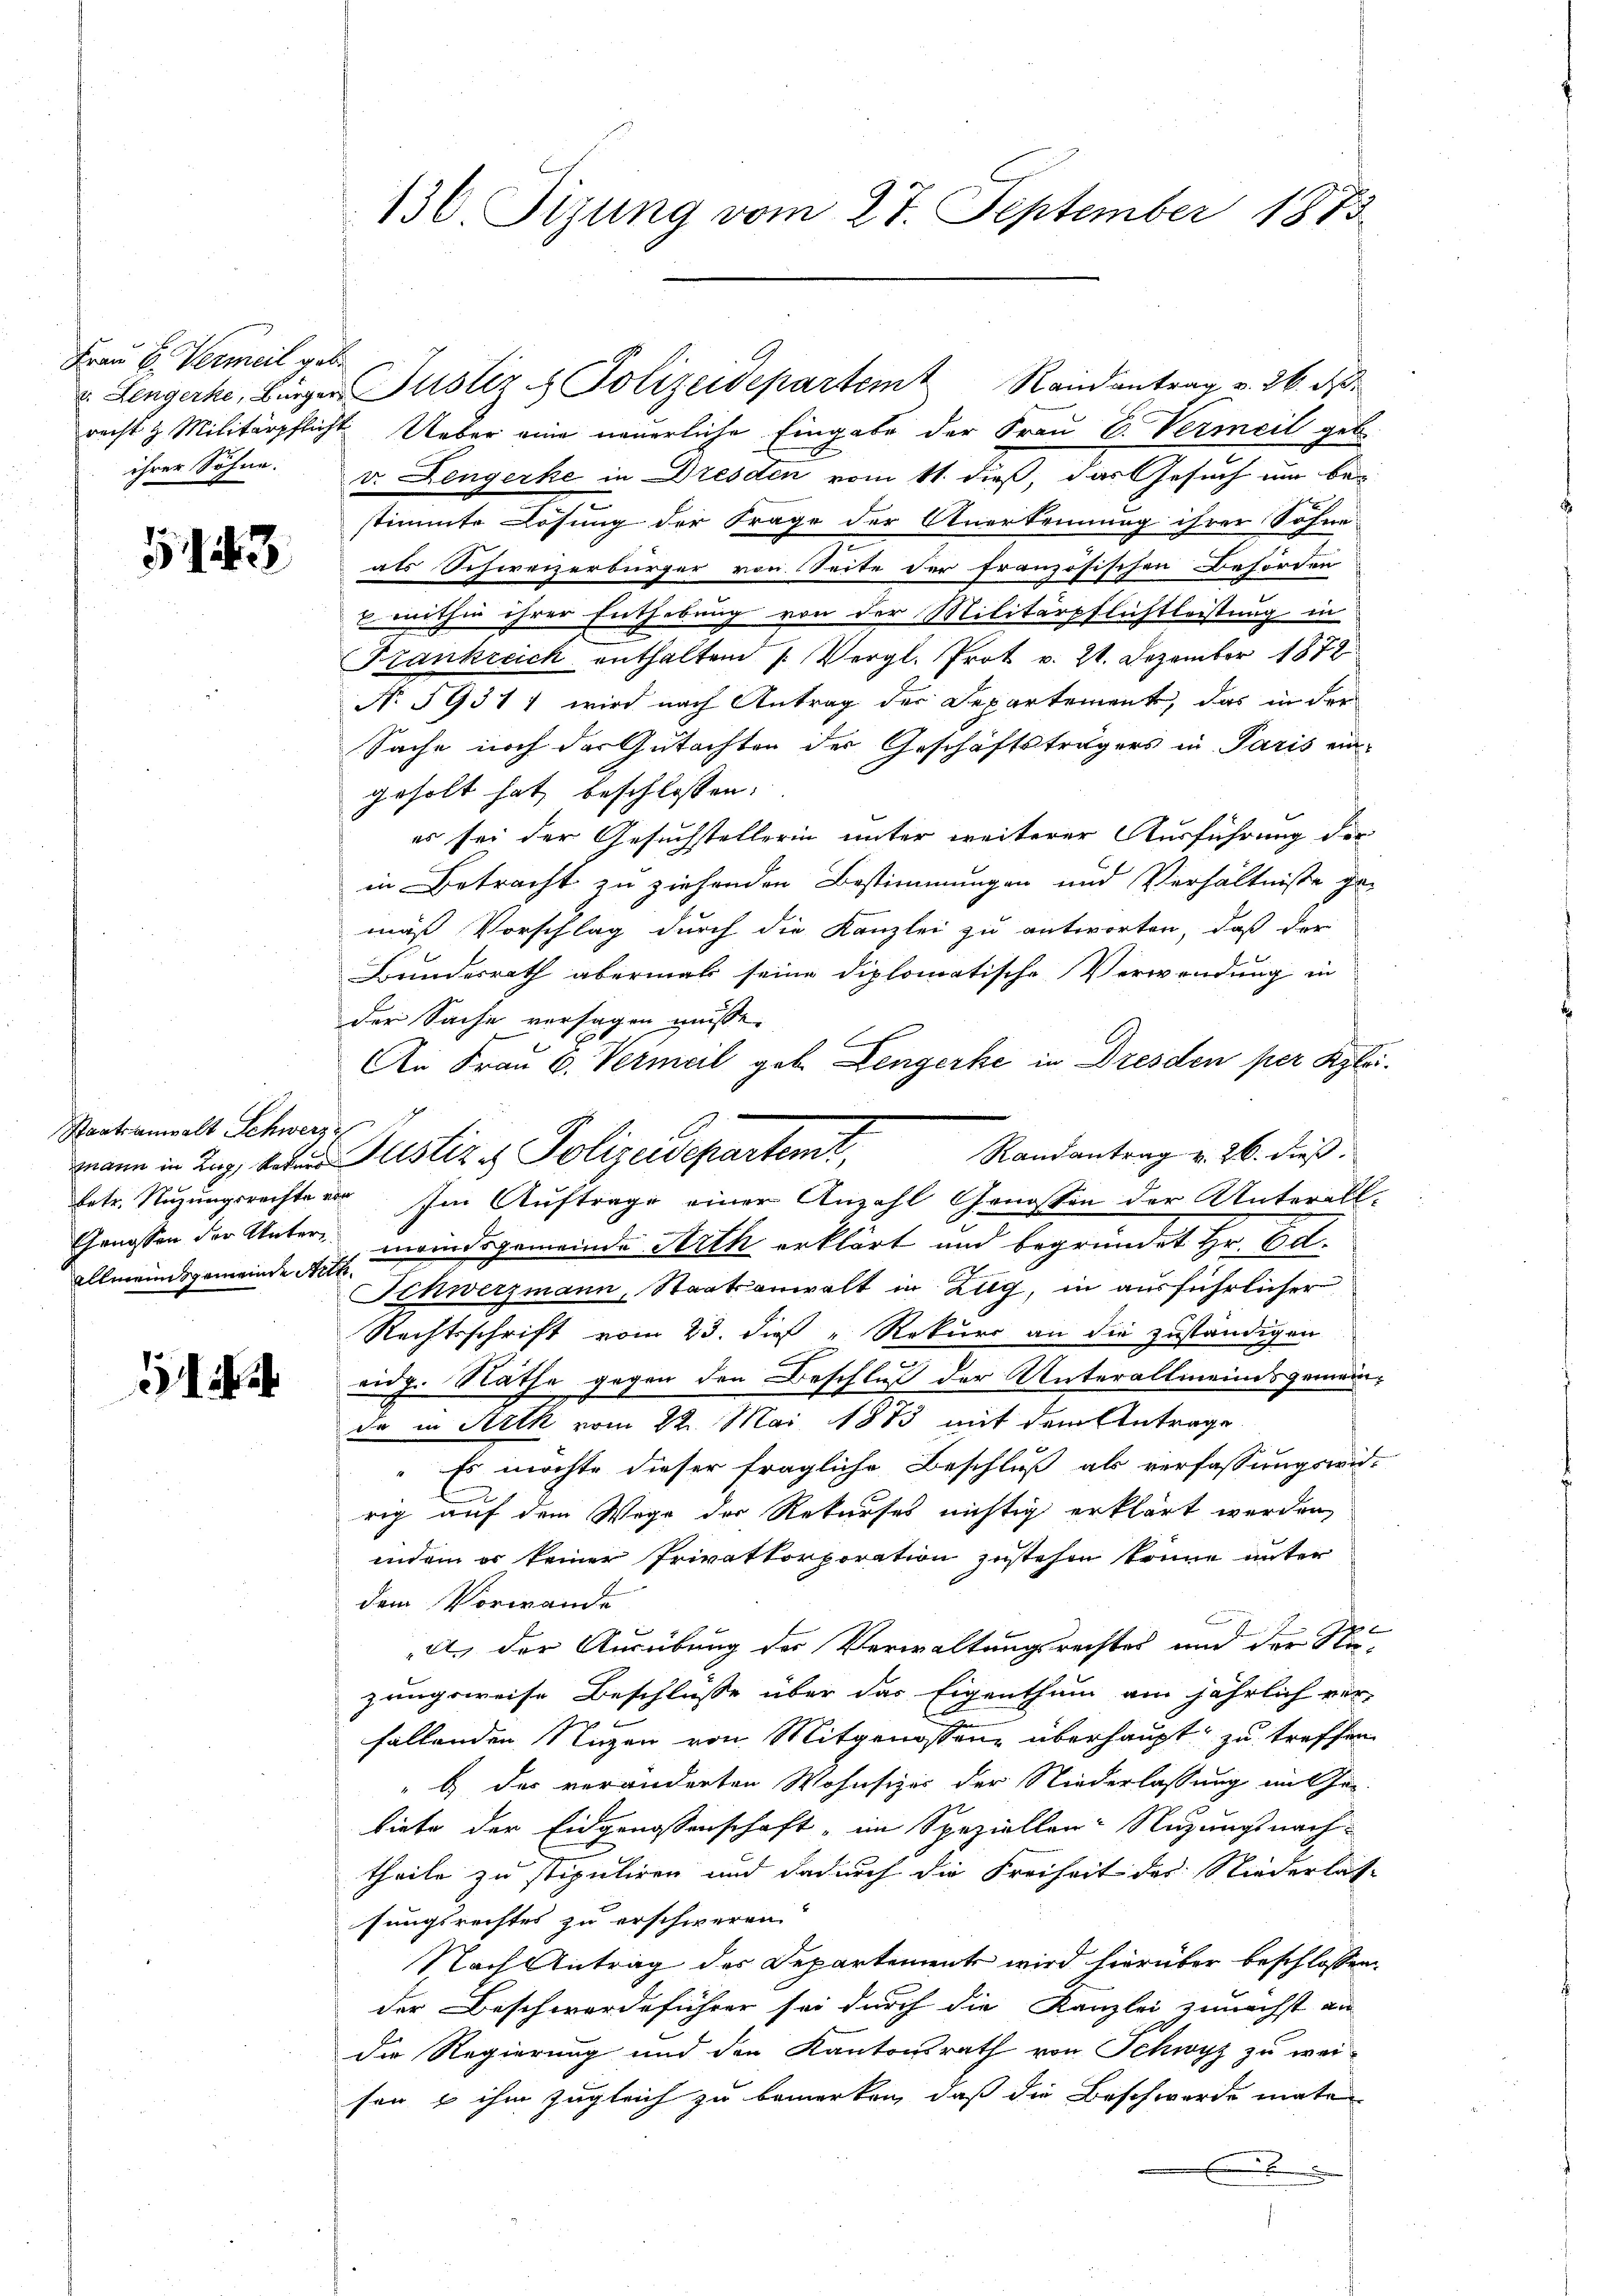
Frau B. Vermeil gebe

4

recht & Militärpflicht Ueber eine neuerliche Eingabe der Frau E. Vermeil geb.
ihrer Söhne. v. Lengerke in Dresden vom 11. dieß, das Gesuch um be-
stimmte Lösung der Frage der Anerkennung ihrer Sohne-
als Schweizerbürger von Seite der französischen Behörden
x mithin ihrer Enthebung von der Militärpflichtleistung in
Krankreich enthalten /: Vergl. Prot v. 21. Dezember 1878.
No 59311 wird nach Antrag der Departement, das in der
Sache noch der Gutachten der Geschäftsträgers in Paris ein-
geholt hat, beschlossen:
es sei der Gesuchstellerin unter weiterer Ausführung der
in Betracht zu ziehenden Bestimmungen und Verhältnisse ge-
mäß Vorschlag durch die Kanzlei zu antworten, daß der
Bundesrath abermal seine diplomatische Verwendung in
der Sache versagen müsse.
An Frau 6. Vermeil geb. Lengerke in Dresden per Klei
Randantrag v. 26. dieß.
mann in Zug, Leben Justiz & Polizeidepartemt,
betr. Nuzungsrechte vor. Im Auftrage einer Anzahl Genossen der Unterall-
Genossen der Unter meindsgemeinde Arth erklärt und begründet Hr. Ed.
Schwerzmann, Staatsanwalt in Zug, in ausführlicher
Rechtsschrift vom 23. dieß " Rekurs an die zuständigen
eidg. Räthe gegen den Beschluß der Unterallmeindsgemeinda in Arth vom 22. Mai 1883 mit dem Antrage
Es möchte dieser fragliche Beschluß als verfassungswid-
rig auf dem Wege der Rekurses nichtig erklärt werden,
indem er keiner Privatkorporation zustehen könne unter
dem Vorwande
b
A. der Ausübung der Verwaltungsrechtes und der Nu-
zungsweise Beschlusse über das Eigenthum am jährlich ver-
fallenden Nuzen von Mitgenossen, überhaupt zu treffen
" b) das veränderten Wohnsiger der Niederlassung im Gebiete der Eidgenossenschaft, im Speziellen: Nuzungsnach-
theile zu stipuliren und dadurch die Freiheit des Niederlassungsrechtes zu erschweren
Nach Antrag des Departements wird hierüber beschlossen.
der Beschwerdeführer sei durch die Kanzlei zunächst an
die Regierung und den Kantonsrath von Schwyz zu weisen & ihm zugleich zu bemerken, daß die Beschwerde maten
x

Staatsanwalt Schwerz
Allmeinsgemeinde Art.

136. Tizung vom 27. September 1873

Lengerke, Bürger Justiz & Polizeidepartem Randantrag v. 26. d.